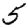
Digit: 5